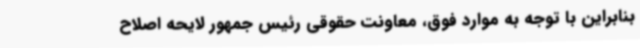
بنابراین با توجه به موارد فوق، معاونت حقوقی رئیس جمهور لایحه اصلاح